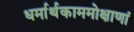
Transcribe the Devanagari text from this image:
धर्मार्थकाममोक्षाणां